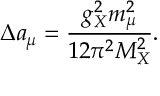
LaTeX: \Delta a _ { \mu } = { \frac { g _ { X } ^ { 2 } m _ { \mu } ^ { 2 } } { 1 2 \pi ^ { 2 } M _ { X } ^ { 2 } } } .